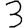
Digit: 3